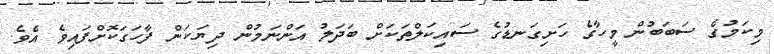
މިކަމުގެ ސަބަބުން މީހާގެ ހަށިގަނޑުގެ ސައިކަލްތަކަށް ބަދަލު އަންނަމުން ދިޔަކަން ފާހަގަކޮށްފައިވެ އެވެ.